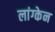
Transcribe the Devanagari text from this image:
लांग्केन